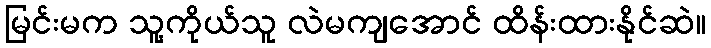
မြင်းမက သူ့ကိုယ်သူ လဲမကျအောင် ထိန်းထားနိုင်ဆဲ။